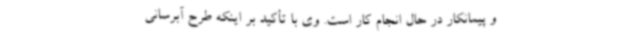
و پیمانکار در حال انجام کار است. وی با تأکید بر اینکه طرح آبرسانی